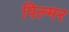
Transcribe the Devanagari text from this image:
पिल्मर